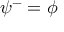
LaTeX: \psi ^ { - } = \phi